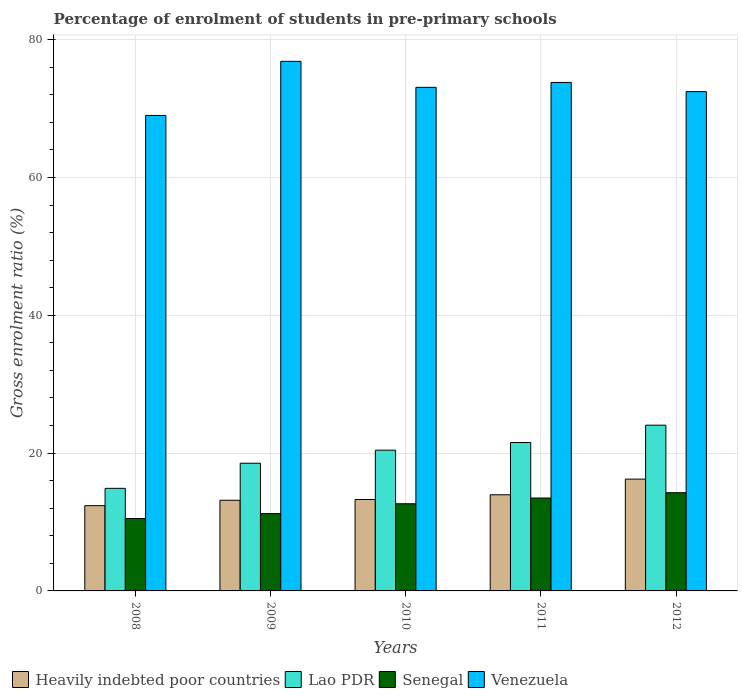
| Years | Heavily indebted poor countries | Lao PDR | Senegal | Venezuela |
 | --- | --- | --- | --- | --- |
 | 2008 | 12.4 | 14.9 | 10.5 | 69 |
 | 2009 | 13.2 | 18.5 | 11.2 | 76.9 |
 | 2010 | 13.3 | 20.4 | 12.6 | 73.1 |
 | 2011 | 14 | 21.5 | 13.5 | 73.8 |
 | 2012 | 16.2 | 24.1 | 14.3 | 72.5 |